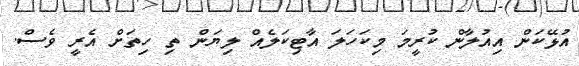
އުޅޭކަން އިއުލާން ކުރީމަ މިކަހަލަ އާޓިކަލެއް ލިޔަން ތި ހިތަށް އެރީ ވެސް.